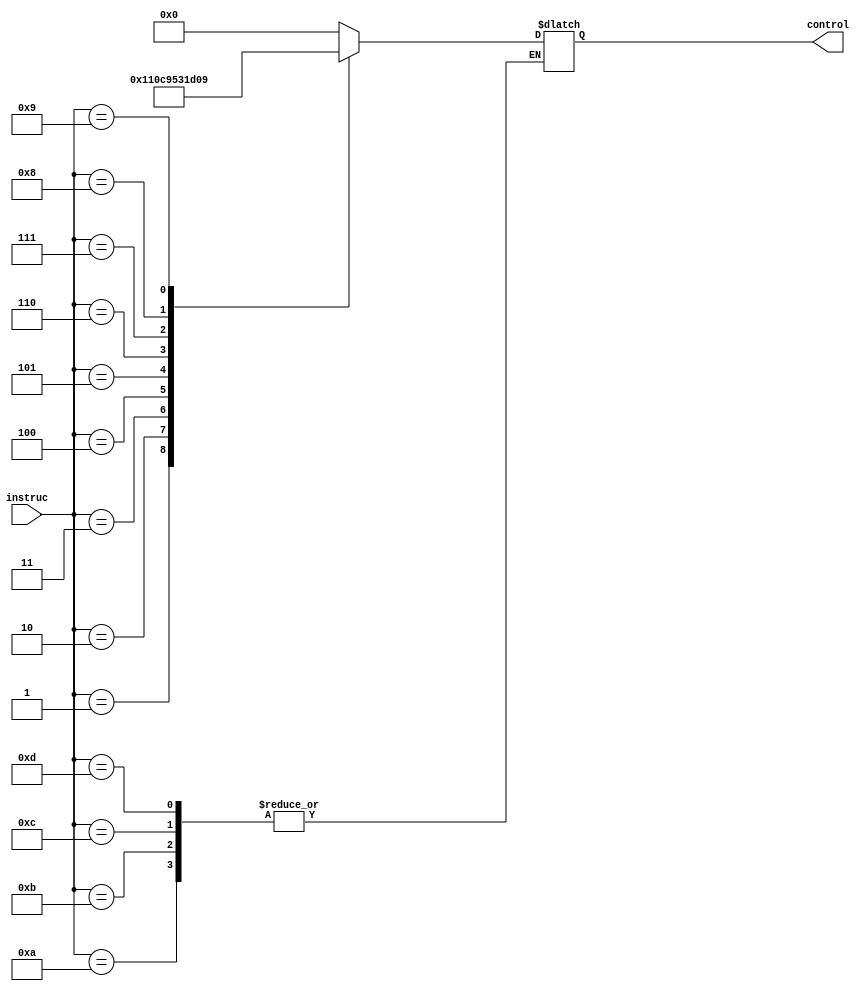
//ALU Control Unit


module ALUControl(instruc,control);

input [3:0] instruc;
//leading bit used for mux source in mem stage
output reg [4:0] control;

always @ (*)begin

case(instruc)
//add control signal
4'b0000: control = 5'b00000;
//subtract control signal
4'b0001: control = 5'b00001;
//multiplication control signal
4'b0010: control = 5'b00010;
//division control signal
4'b0011: control = 5'b00011;
//move control signal
4'b0100: control = 5'b00100;
//swap control signal
4'b0101: control = 5'b10101;
//AND control signal
4'b0110: control = 5'b00110;
//OR control signal
4'b0111: control = 5'b00111;
//LOAD/STORE control signal
4'b1000: control = 5'b01000;
//Branch control signal
4'b1001: control = 5'b01001;

4'b1010:;

4'b1011:;

4'b1100:;

4'b1101:;

1110:;

1111:;
default: control = 0;
endcase
end
endmodule